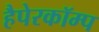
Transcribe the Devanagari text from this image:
हैपेरकॉम्प